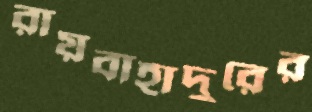
রায়বাহাদুরের